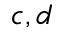
c , d